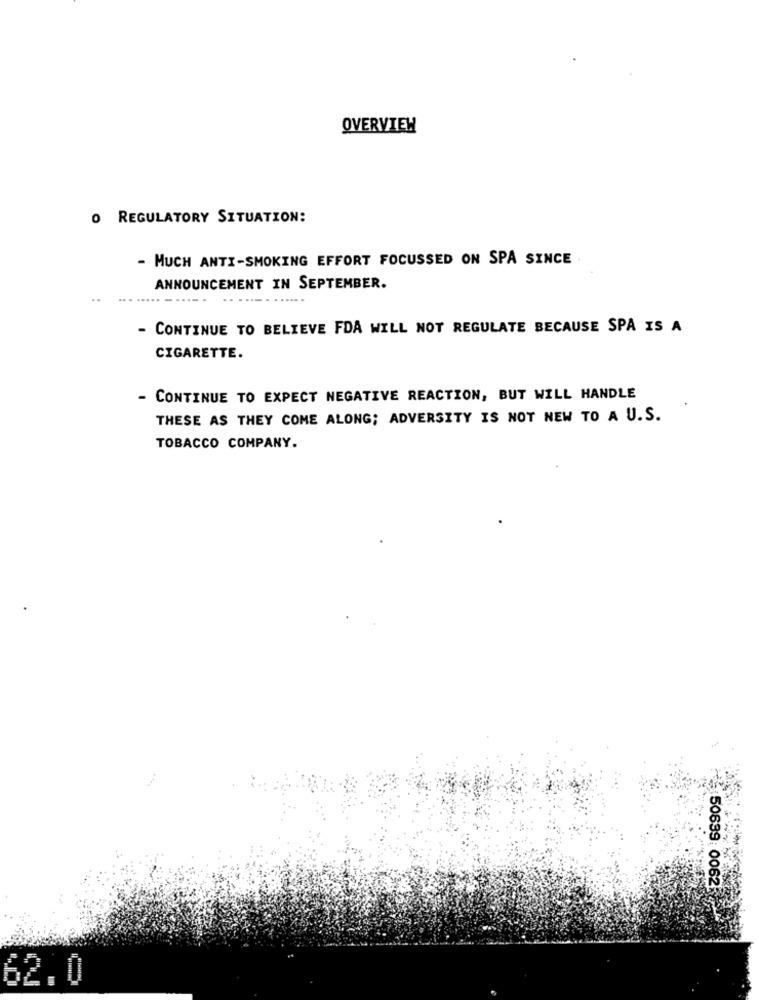
OVERVIEW
O REGULATORY SITUATION:
- MUCH ANTI-SMOKING EFFORT FOCUSSED ON SPA SINCE
ANNOUNCEMENT IN SEPTEMBER.
- CONTINUE TO BELIEVE FDA WILL NOT REGULATE BECAUSE SPA IS A
CIGARETTE.
CONTINUE TO EXPECT NEGATIVE REACTION, BUT WILL HANDLE
THESE AS THEY COME ALONG; ADVERSITY IS NOT NEW TO A U.S.
TOBACCO COMPANY.
50639: 0062
62.0